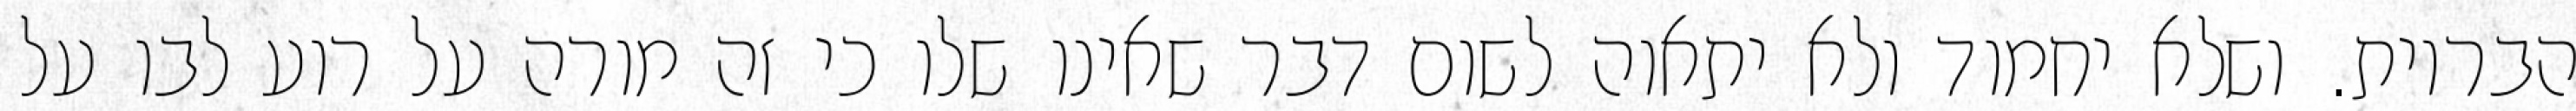
הבריות. ושלא יחמוד ולא יתאוה לשום דבר שאינו שלו כי זה מורה על רוע לבו על